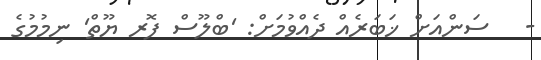
-   ސަންއަށް ޚަބަރެއް ދެއްވުމަށް: 'ބްލޫސް ފޮރ ޔޫތް' ނިމުމުގެ